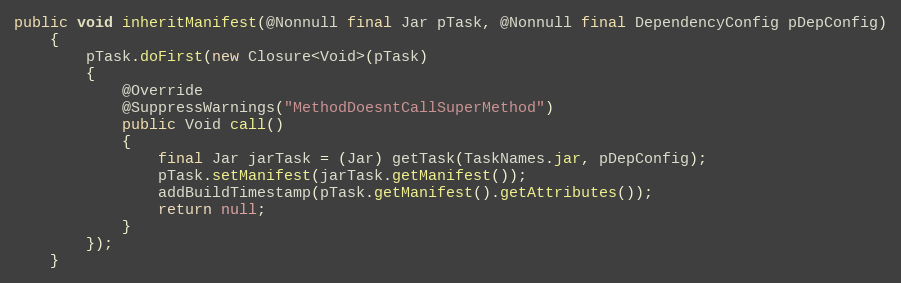
Language: Java
public void inheritManifest(@Nonnull final Jar pTask, @Nonnull final DependencyConfig pDepConfig)
    {
        pTask.doFirst(new Closure<Void>(pTask)
        {
            @Override
            @SuppressWarnings("MethodDoesntCallSuperMethod")
            public Void call()
            {
                final Jar jarTask = (Jar) getTask(TaskNames.jar, pDepConfig);
                pTask.setManifest(jarTask.getManifest());
                addBuildTimestamp(pTask.getManifest().getAttributes());
                return null;
            }
        });
    }